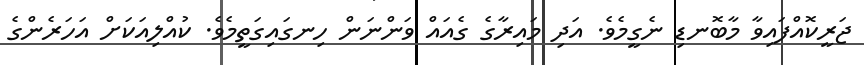
ޖަރީކޮއްފައިވާ މާބޮނޑި ނެގީމެވެ. އަދި މައިރާގެ ގެއައް ވަންނަން ހިނގައިގަތީމެވެ. ކުއްލިއަކަށް އަހަރެންގެ